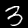
Label: 3